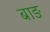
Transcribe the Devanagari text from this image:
बाङ